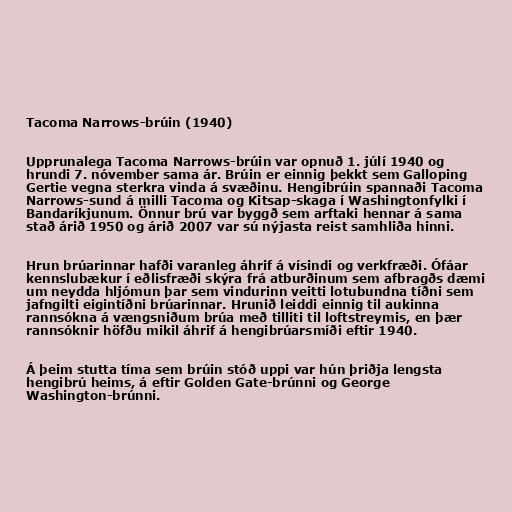
Tacoma Narrows-brúin (1940)

Upprunalega Tacoma Narrows-brúin var opnuð 1. júlí 1940 og
hrundi 7. nóvember sama ár. Brúin er einnig þekkt sem Galloping
Gertie vegna sterkra vinda á svæðinu. Hengibrúin spannaði Tacoma
Narrows-sund á milli Tacoma og Kitsap-skaga í Washingtonfylki í
Bandaríkjunum. Önnur brú var byggð sem arftaki hennar á sama
stað árið 1950 og árið 2007 var sú nýjasta reist samhliða hinni.

Hrun brúarinnar hafði varanleg áhrif á vísindi og verkfræði. Ófáar
kennslubækur í eðlisfræði skýra frá atburðinum sem afbragðs dæmi
um neydda hljómun þar sem vindurinn veitti lotubundna tíðni sem
jafngilti eigintíðni brúarinnar. Hrunið leiddi einnig til aukinna
rannsókna á vængsniðum brúa með tilliti til loftstreymis, en þær
rannsóknir höfðu mikil áhrif á hengibrúarsmíði eftir 1940.

Á þeim stutta tíma sem brúin stóð uppi var hún þriðja lengsta
hengibrú heims, á eftir Golden Gate-brúnni og George
Washington-brúnni.